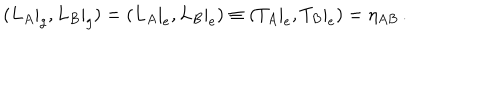
( L _ { A } | _ { g } , L _ { B } | _ { g } ) = ( L _ { A } | _ { e } , L _ { B } | _ { e } ) \equiv ( T _ { A } | _ { e } , T _ { B } | _ { e } ) = \eta _ { A B } \, .